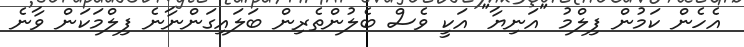
އެހެން ކަމުން ފިލްމު "އަނިޔާ" އަކީ ވެސް ބެލުންތެރިން ބަލައިގަންނާނެ ފިލްމަކަން ވާނެ